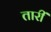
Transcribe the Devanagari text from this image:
तारीं